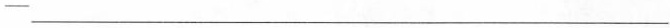
-___